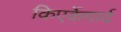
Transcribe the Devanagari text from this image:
किएर्केगार्द